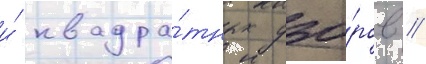
и́ квадра́тных узо́ров /